Riigikantselei, lk 19
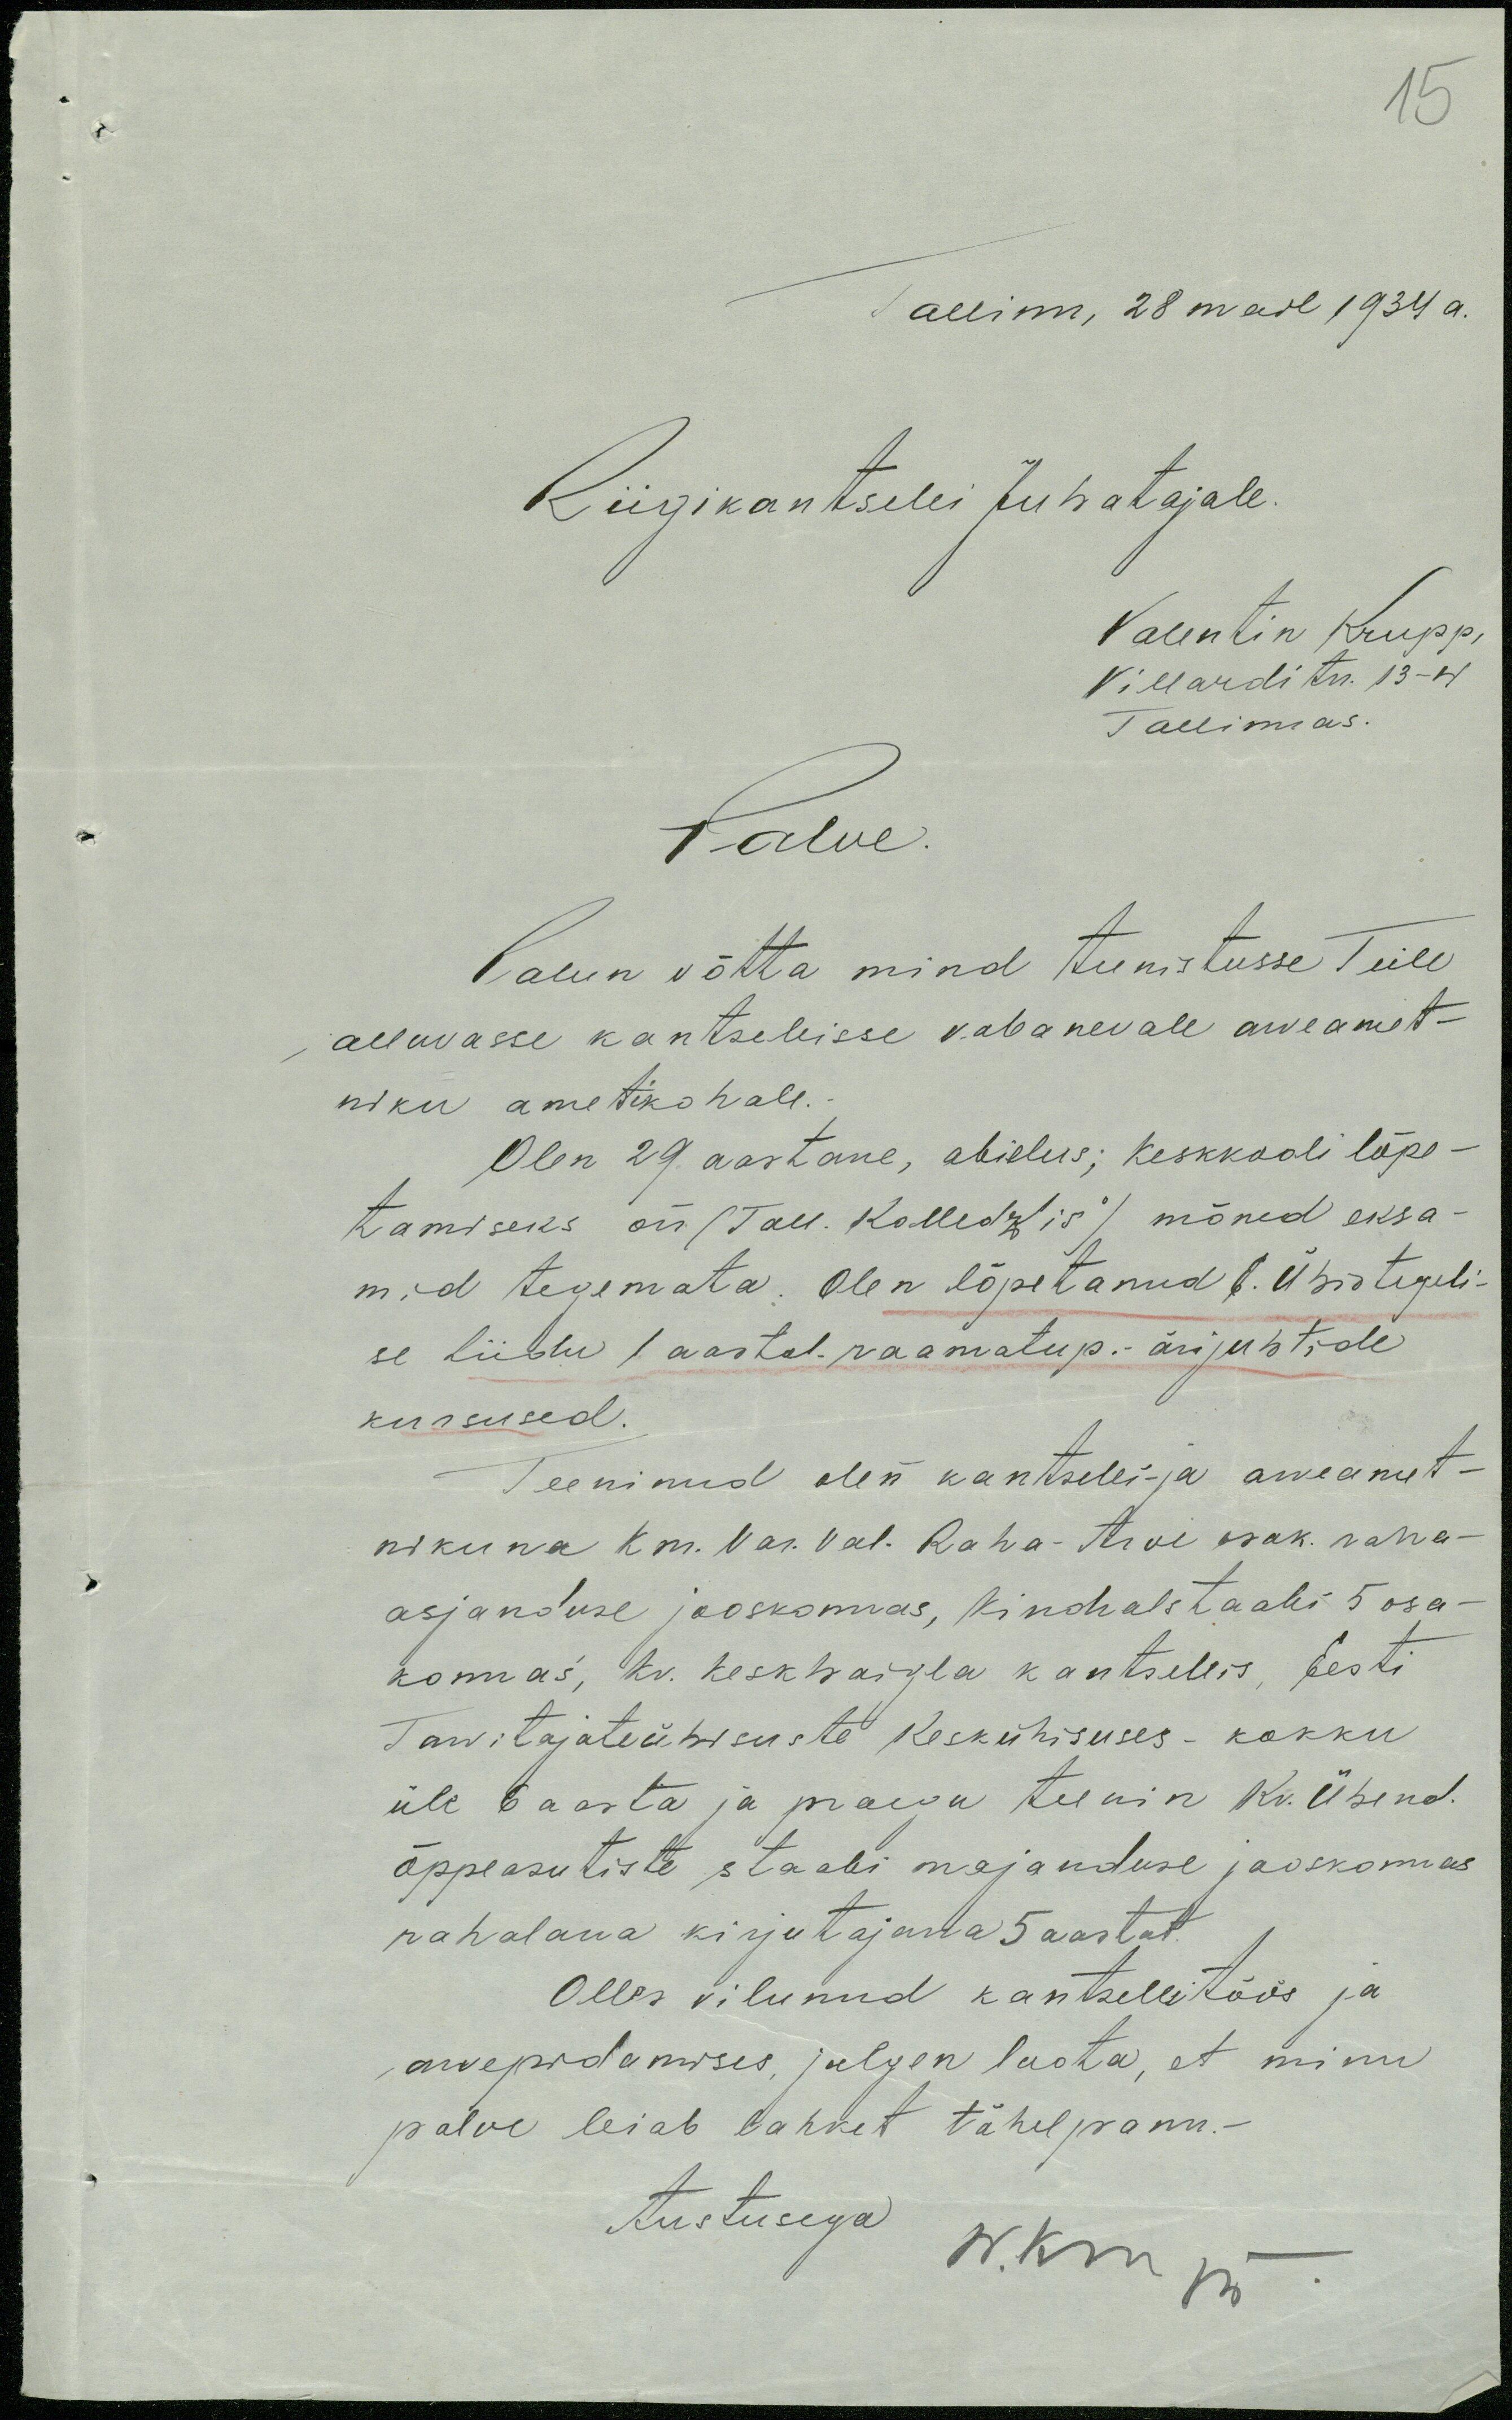
15
Tallinn, 28 mail 1934 a.
Riigikantselei Juhatajale
Valentin Krupp
Villardi tn. 13 - 4
Tallinnas.
Palve.
Palun võtta mind teenistusse Teile
alluvasse kantseleisse vabanevale arveamet-
niku ametikohale
Olen 29 aastane, abielus; keskkooli lõpe-
tamiseks on (Tall. Kolledžis') mõned eksa-
mid tegemata. Olen lõpetanud E. Ühistegeli-
se Liidu 1 aastal. raamatup.- ärijuhtide
kursused.
Teeninud olen kantselei- ja arveamet-
nikuna k m. Vas. Val. Raha-Arve osak. raha-
asjanduse jaoskonnas, Kindralstaabi 5 osa-
konnas, Kv. keskhaigla kantseleis, Eesti
Tarvitajateühisuste Keskühisuses - kokku
üle 6 aasta ja praegu teenin Kv. Ühend.
õppeasutiste staabi majanduse jaoskonnas
rahalaua kirjutajana 5 aastat
Olles vilunud kantseleitöös ja
arvepidamises, julgen loota, et minu
palve leiab lahket tähelpanu.-
Austusega W. Krupp